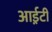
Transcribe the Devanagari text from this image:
आई़़टी